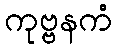
ကုဗ္ဗနကံ